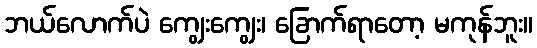
ဘယ်လောက်ပဲ ကျွေးကျွေး၊ ခြောက်ရာတော့ မကုန်ဘူး။